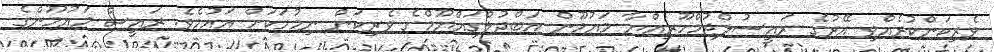
ވެރިކަންކުރެއްވި އޭރުގެ ރައީސުލްޖުމްހޫރިއްޔާ މައުމޫން އަބްދުލްގައްޔޫމްގެ ވެރިކަން ނިމުމަކަށް އައުމެވެ. ރައީސް މައުމޫންގެ